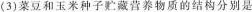
(3)菜豆和玉米种子贮藏营养物质的结构分别是